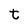
Character: t